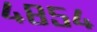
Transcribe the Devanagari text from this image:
४८५४